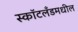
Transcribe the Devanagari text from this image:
स्कॉटलँडमधील